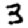
Digit: 3